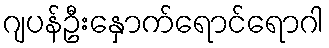
ဂျပန်ဦးနှောက်ရောင်ရောဂါ